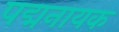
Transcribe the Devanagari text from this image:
पद्मनायक